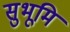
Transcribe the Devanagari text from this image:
सुभूमि